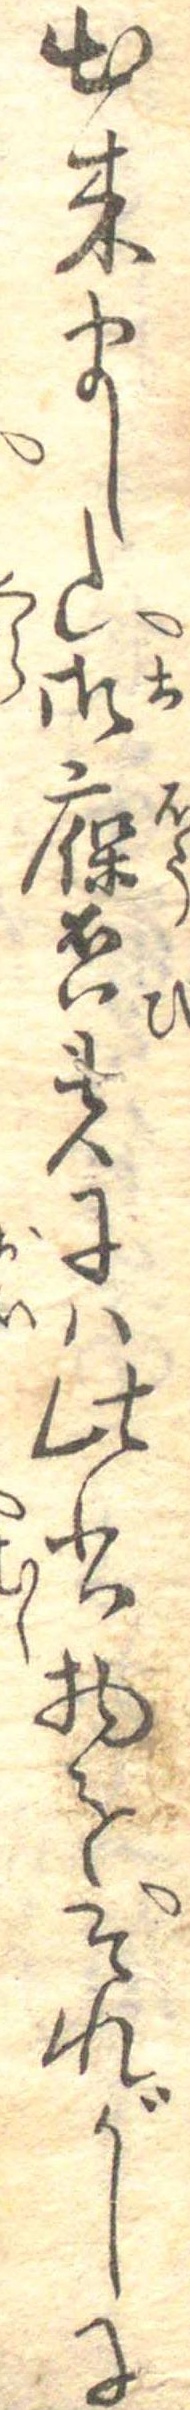
出来ました御褒美には此書物をそれがしに